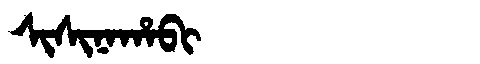
Manchu: ᠰᡳᠰᡳᠨᠠᡥᠠᠪᡳ
Romanization: SISINAHABI